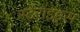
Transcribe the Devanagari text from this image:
स्टेरोइड्स